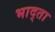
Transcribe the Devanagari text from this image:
भाद्ता